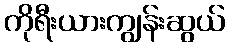
ကိုရီးယားကျွန်းဆွယ်